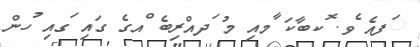
ަފއެ ެވ. ޮކބާކަ ާމއި މު ަދއްރިބެ ްއގެ ގައި ަގއި ުހން